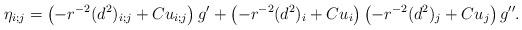
LaTeX: \begin{align*} \eta_{i;j}=\left(-r^{-2}(d^2)_{i;j} +Cu_{i;j}\right)g' +\left(-r^{-2}(d^2)_i +Cu_i\right)\left(-r^{-2}(d^2)_j +Cu_j\right)g''. \end{align*}